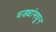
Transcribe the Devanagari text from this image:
धड्यांमधून